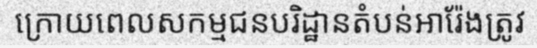
ក្រោយពេលសកម្មជនបរិដ្ឋានតំបន់អារ៉ែងត្រូវ